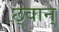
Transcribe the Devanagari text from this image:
छ्वान्